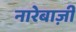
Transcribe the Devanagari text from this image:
नारेबाज़ी